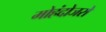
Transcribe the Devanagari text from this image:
मोहंदोजरो